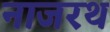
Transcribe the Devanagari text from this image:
नाजरथ